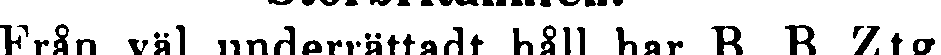
Från väl underrättadt håll har B. B. Ztg